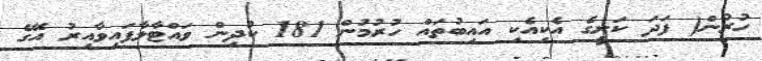
ހުރުން( ފަދަ ކަށީގެ އެކިއެކި އައިބުތައް ހުރުމުން 181 ކުދިން ވައްޓާލާފައިވާއިރު އޭގެ